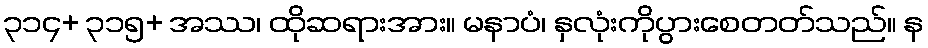
၃၁၄+ ၃၁၅+ အဿ၊ ထိုဆရားအား။ မနာပံ၊ နှလုံးကိုပွားစေတတ်သည်။ န